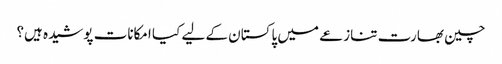
چین بھارت تنازعے میں پاکستان کے لیے کیا امکانات پوشیدہ ہیں؟